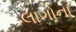
લાગોના